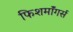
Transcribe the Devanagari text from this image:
फिशमॉंगर्स